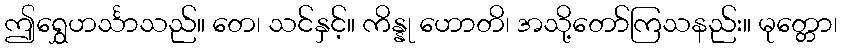
ဤရွှေဟင်္သာသည်။ တေ၊ သင်နှင့်။ ကိန္နု ဟောတိ၊ အသို့တော်ကြသနည်း။ မုတ္တော၊